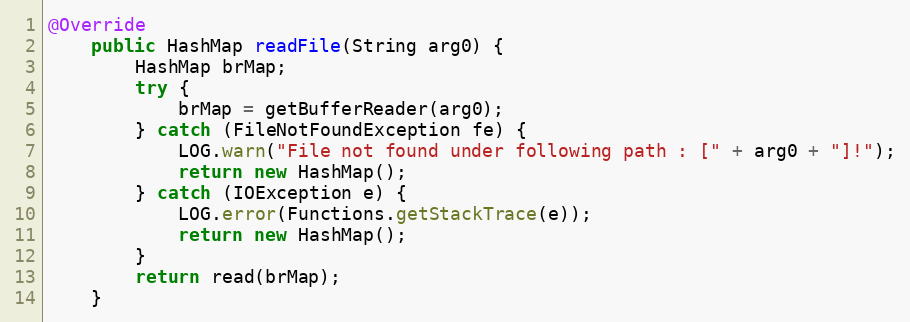
Language: Java
@Override
    public HashMap readFile(String arg0) {
        HashMap brMap;
        try {
            brMap = getBufferReader(arg0);
        } catch (FileNotFoundException fe) {
            LOG.warn("File not found under following path : [" + arg0 + "]!");
            return new HashMap();
        } catch (IOException e) {
            LOG.error(Functions.getStackTrace(e));
            return new HashMap();
        }
        return read(brMap);
    }